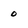
Character: o